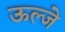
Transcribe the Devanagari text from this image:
ऊल्जे